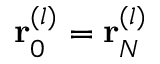
{ \bf r } _ { 0 } ^ { ( l ) } = { \bf r } _ { N } ^ { ( l ) }